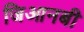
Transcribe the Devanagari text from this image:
जिआनबी